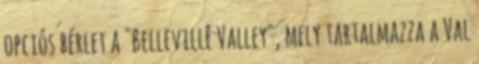
opciós bérlet a "Belleville Valley", mely tartalmazza a Val